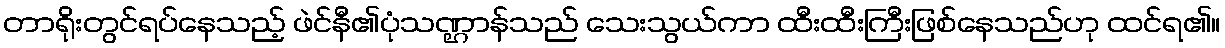
တာရိုးတွင်ရပ်နေသည့် ဖဲင်နီ၏ပုံသဏ္ဌာန်သည် သေးသွယ်ကာ ထီးထီးကြီးဖြစ်နေသည်ဟု ထင်ရ၏။